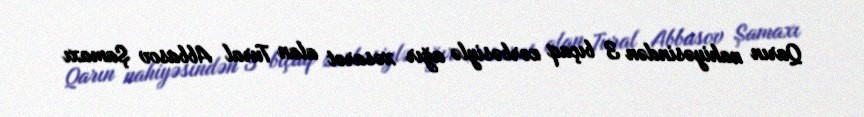
Qarın nahiyəsindən 3 bıçaq zərbəsiylə ağır xəsarət alan Tural Abbasov Şamaxı